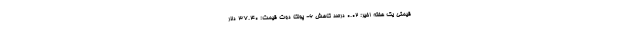
قیمتی یک هفته اخیر: ۰.۰۲ درصد کاهش ۶- پولکا دوت قیمت: ۳۷.۴۰ دلار